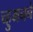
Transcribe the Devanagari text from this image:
च्हुमनने